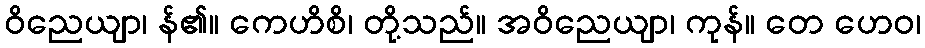
ဝိညေယျာ၊ န်၏။ ကေဟိစိ၊ တို့သည်။ အဝိညေယျာ၊ ကုန်။ တေ ဟေဝ၊